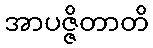
အာပဇ္ဇိတာတိ